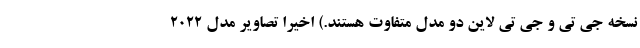
نسخه جی تی و جی تی لاین دو مدل متفاوت هستند.) اخیرا تصاویر مدل 2022